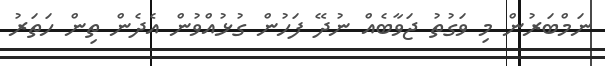
ނަމްބަރުން މި ވަގުތު ޖަވާބެއް ނުދޭ ފަހުން ގުޅުއްވުން އެދެން ތިން ހަތަރު